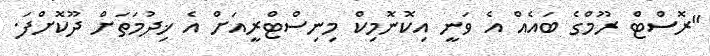
"ރޮސްޓް ރޫމްގެ ބައެއް އެ ވަނީ އިކޮނޮމިކް މިނިސްޓްރީއަށް އެ ޚިދުމަތަށް ދޫކޮށްފަ.